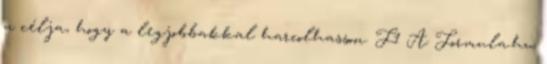
a célja, hogy a legjobbakkal harcolhasson. F1 A Formula.hu